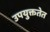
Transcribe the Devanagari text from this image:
उपयुक्ततेत